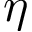
\eta